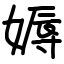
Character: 媷